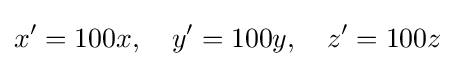
x'=100x,\quad y'=100y,\quad z'=100z